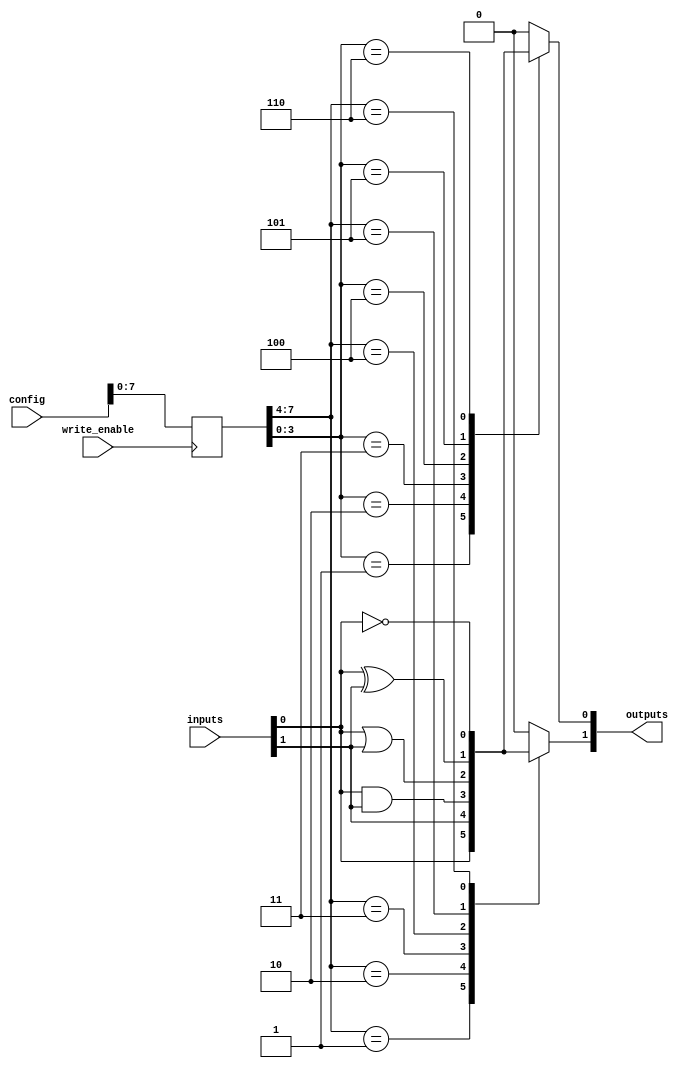
module combinational_logic_block #(
    parameter N_INPUTS = 4,         // Number of inputs
    parameter N_OUTPUTS = 2,        // Number of outputs
    parameter SRAM_SIZE = 16         // Size of SRAM in bits (for configuration)
)(
    input wire [N_INPUTS-1:0] inputs,   // Input signals
    input wire [SRAM_SIZE-1:0] config,   // Configuration input for SRAM
    input wire write_enable,              // Write enable for SRAM
    output reg [N_OUTPUTS-1:0] outputs    // Output signals
);

    // SRAM storage for configuration bits
    reg [SRAM_SIZE-1:0] sram;

    // Logic gates outputs
    wire [N_OUTPUTS-1:0] logic_out;

    // Initialize SRAM on reset
    always @(posedge write_enable) begin
        sram <= config; // Write configuration to SRAM
    end

    // Combinational logic implementation based on SRAM configuration
    generate
        genvar i;
        for (i = 0; i < N_OUTPUTS; i = i + 1) begin: logic_gates
            always @(*) begin
                case (sram[i*4 +: 4]) // Assume 4 bits per output configuration
                    4'b0000: logic_out[i] = 0;                         // Constant 0
                    4'b0001: logic_out[i] = inputs[0];                 // Buffer input 0
                    4'b0010: logic_out[i] = inputs[1];                 // Buffer input 1
                    4'b0011: logic_out[i] = inputs[0] & inputs[1];    // AND gate
                    4'b0100: logic_out[i] = inputs[0] | inputs[1];    // OR gate
                    4'b0101: logic_out[i] = inputs[0] ^ inputs[1];    // XOR gate
                    4'b0110: logic_out[i] = ~inputs[0];                // NOT gate
                    // Additional logic functions can be added here
                    default: logic_out[i] = 0;                          // Default case
                endcase
            end
        end
    endgenerate

    // Assign the outputs
    always @(*) begin
        outputs = logic_out; // Output the result of the logic operations
    end

endmodule